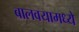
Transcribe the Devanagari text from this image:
बालवयामध्ये